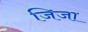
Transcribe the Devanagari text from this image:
जिजा